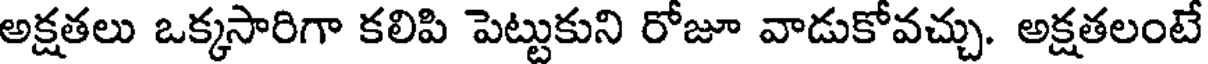
అక్షతలు ఒక్కసారిగా కలిపి పెట్టుకుని రోజూ వాడుకోవచ్చు. అక్షతలంటే